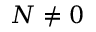
N \neq 0